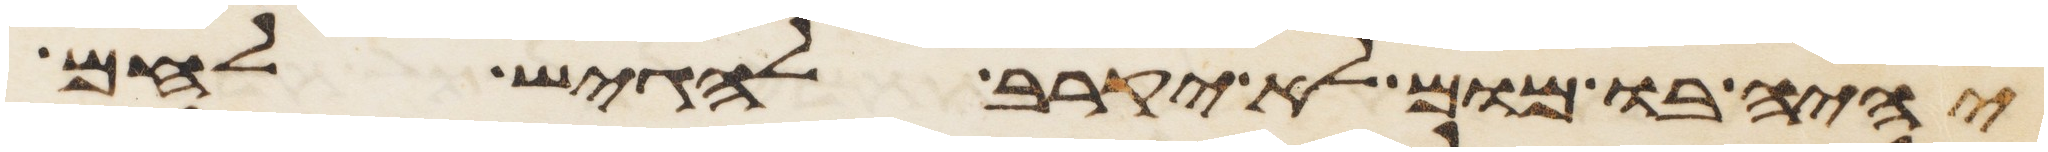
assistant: יהיה בו מום לא יקרב להגיש לחם